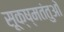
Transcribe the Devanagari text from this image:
सूक्ष्मतंतुओं